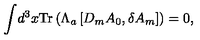
\int \! d ^ { 3 } x \mathrm { T r } \left( \Lambda _ { a } \left[ D _ { m } A _ { 0 } , \delta A _ { m } \right] \right) = 0 ,